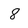
Character: 8